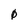
Character: 0